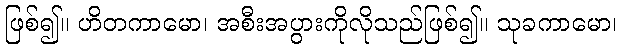
ဖြစ်၍။ ဟိတကာမော၊ အစီးအပွားကိုလိုသည်ဖြစ်၍။ သုခကာမော၊